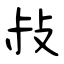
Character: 敊